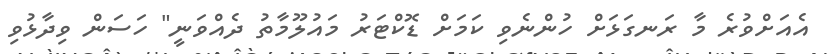
އެއަށްވުރެ މާ ރަނގަޅަށް ހުންނެވި ކަމަށް ޑޮކްޓަރު މައުލޫމާތު ދެއްވަނީ" ހަސަން ވިދާޅުވި